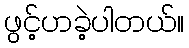
ဖွင့်ဟခဲ့ပါတယ်။